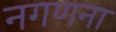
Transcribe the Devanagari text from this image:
नगणना